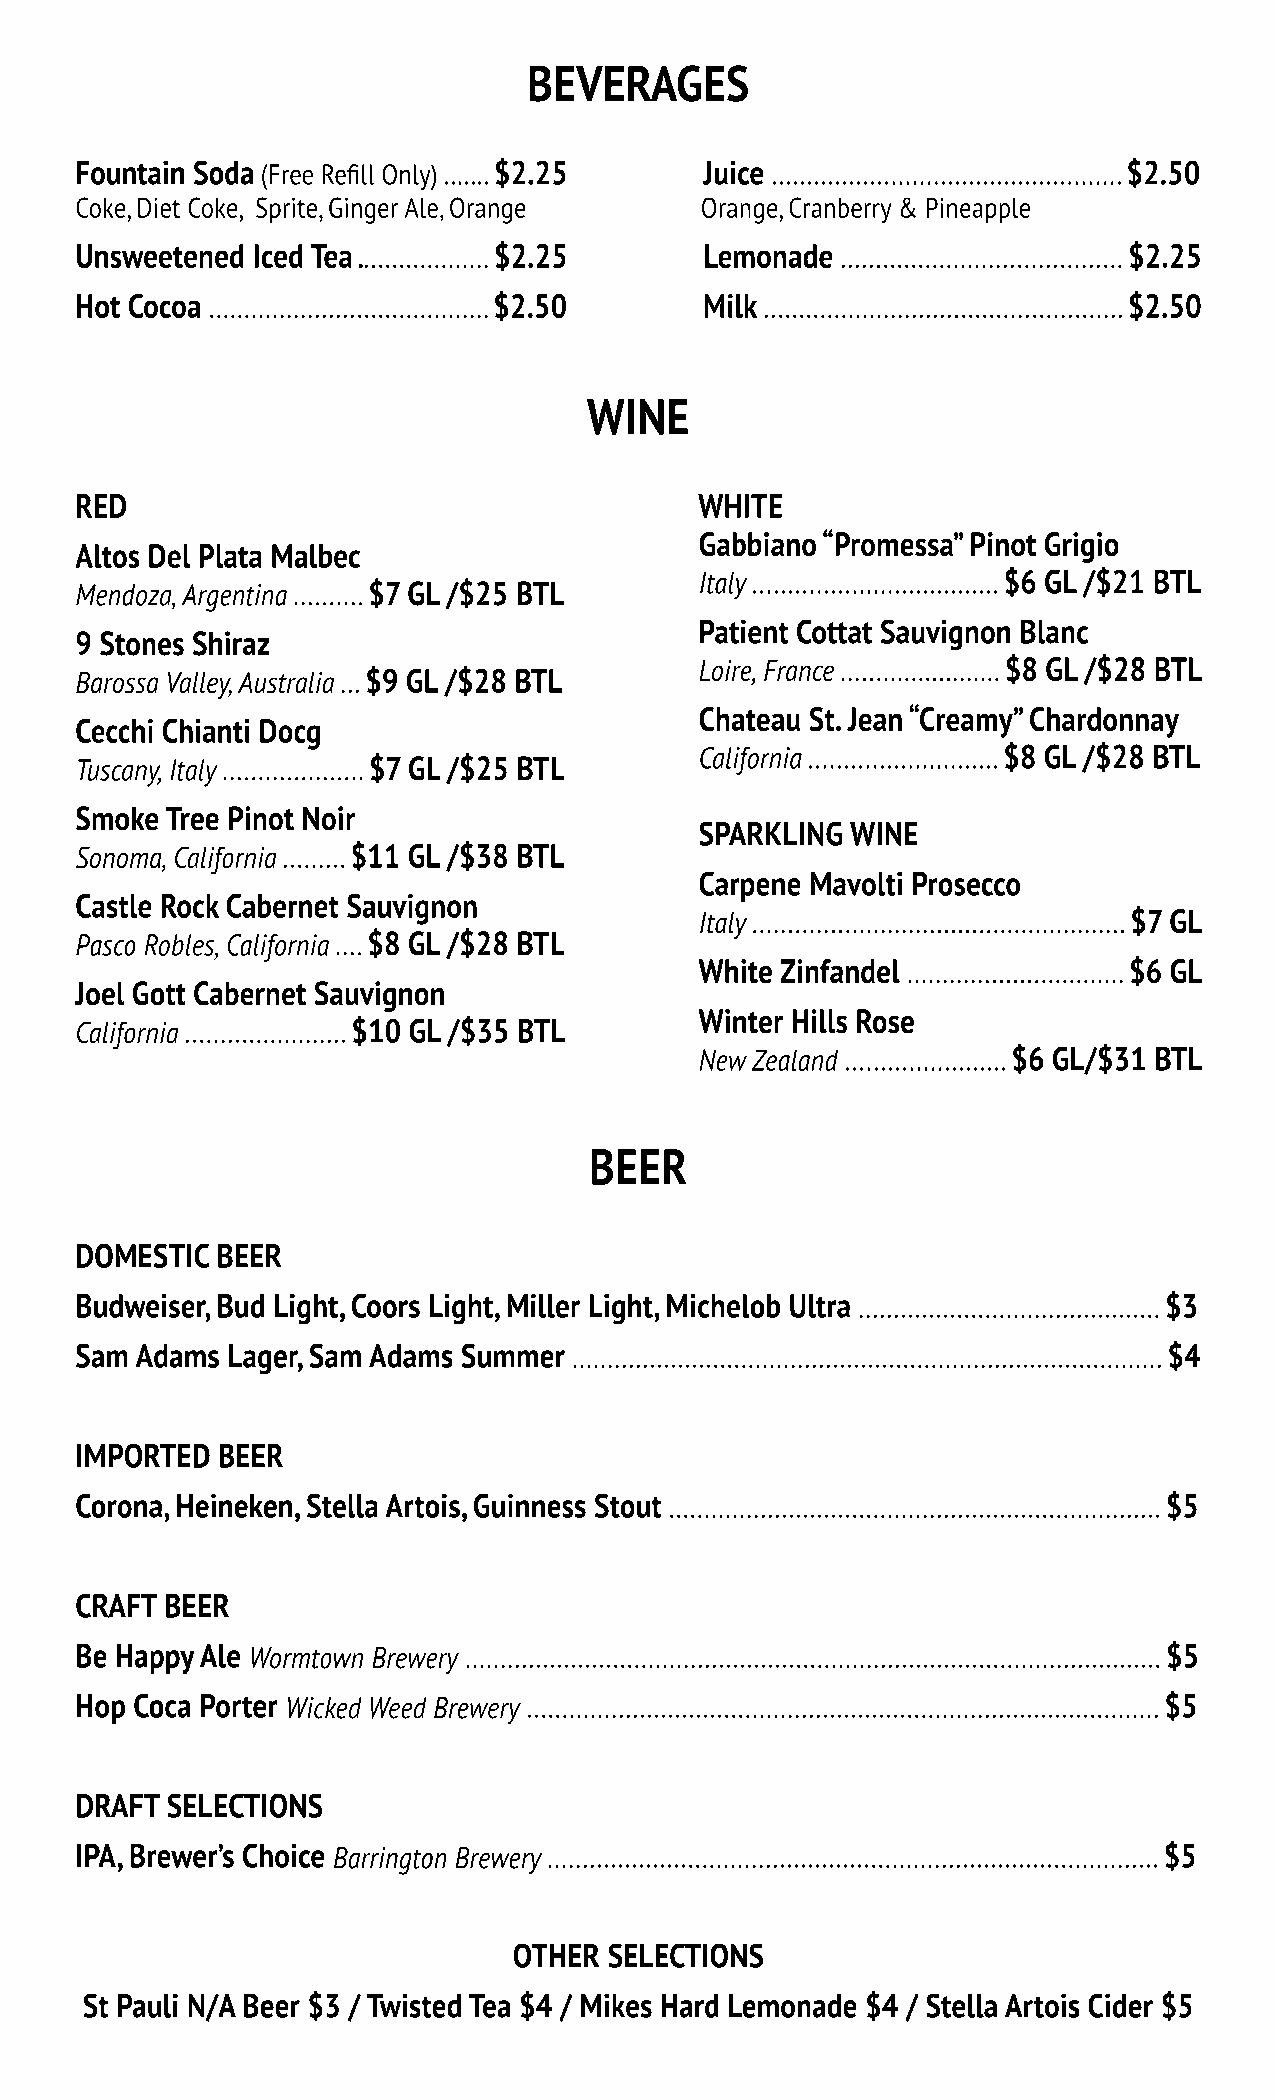
BEVERAGES
 Fountain Soda (Free Refill Only) ....... $2.25 Juice .................................................. $2.50
 Coke, Diet Coke, Sprite, Ginger Ale, Orange Orange, Cranberry & Pineapple
 Unsweetened Iced Tea ................... $2.25 Lemonade ........................................ $2.25
 Hot Cocoa ........................................ $2.50 Milk ................................................... $2.50
 WINE
 RREED                                    WHITE
 Gabbiano “Promessa” Pinot Grigio
 Altos Del Plata Malbec
 Italy ................................... $6 GL /$21 BTL
 Mendoza, Argentina .......... $7 GL /$25 BTL
 Patient Cottat Sauvignon Blanc
 9 Stones Shiraz
 Loire, France ....................... $8 GL /$28 BTL
 Barossa Valley, Australia ... $9 GL /$28 BTL
 Chateau St. Jean “Creamy” Chardonnay
 Cecchi Chianti Docg
 California ........................... $8 GL /$28 BTL
 Tuscany, Italy .................... $7 GL /$25 BTL
 SSmmooke Tree Pinot Noir
 SSPARKLING WINE
 Sonoma, California ......... $11 GL /$38 BTL
 Carpene Mavolti Prosecco
 Castle Rock Cabernet Sauvignon
 Italy ..................................................... $7 GL
 Pasco Robles, California .... $8 GL /$28 BTL
 White Zinfandel ............................... $6 GL
 Joel Gott Cabernet Sauvignon
 Winter Hills Rose
 California ....................... $10 GL /$35 BTL
 New Zealand ....................... $6 GL/$31 BTL
 BEER
 DDOOMMEESSTTIIC BEER
 Budweiser, Bud Light, Coors Light, Miller Light, Michelob Ultra ........................................... $3
 Sam Adams Lager, Sam Adams Summer .................................................................................... $4
 IMPORTED BEER
 Corona, Heineken, Stella Artois, Guinness Stout ...................................................................... $5
 CRAFT BEER
 Be Happy Ale Wormtown Brewery ................................................................................................... $5
 HHoopp Coca Porter Wicked Weed Brewery .......................................................................................... $5
 DRAFT SELECTIONS
 IPA, Brewer’s Choice Barrington Brewery ....................................................................................... $5
 OTHER SELECTIONS
 St Pauli N/A Beer $3 / Twisted Tea $4 / Mikes Hard Lemonade $4 / Stella Artois Cider $5